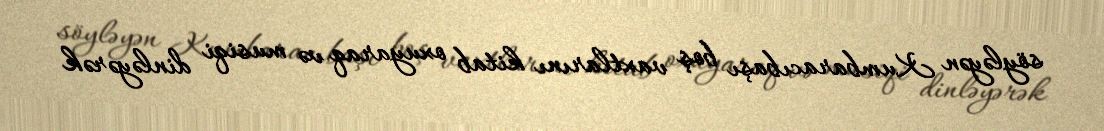
söyləyən Kumbaracıbaşı boş vaxtlarını kitab oxuyaraq və musiqi dinləyərək